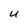
Character: U